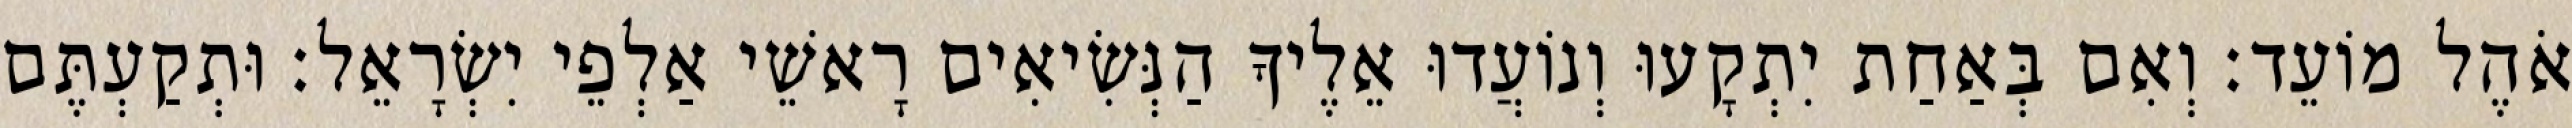
אֹהֶל מוֹעֵד׃ וְאִם בְּאַחַת יִתְקָעוּ וְנוֹעֲדוּ אֵלֶיךָ הַנְּשִׂיאִים רָאשֵׁי אַלְפֵי יִשְׂרָאֵל׃ וּתְקַעְתֶּם